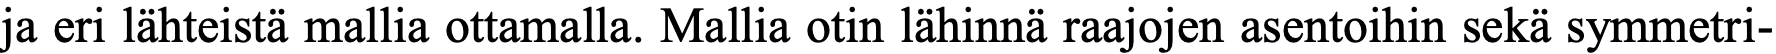
ja eri lähteistä mallia ottamalla. Mallia otin lähinnä raajojen asentoihin sekä symmetri-